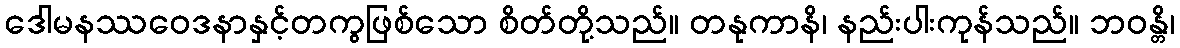
ဒေါမနဿဝေဒနာနှင့်တကွဖြစ်သော စိတ်တို့သည်။ တနုကာနိ၊ နည်းပါးကုန်သည်။ ဘဝန္တိ၊